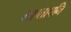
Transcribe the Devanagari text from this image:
भएतापनि